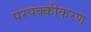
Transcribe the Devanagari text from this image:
परपक्कीकरण